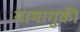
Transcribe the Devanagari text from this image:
यामागुकी